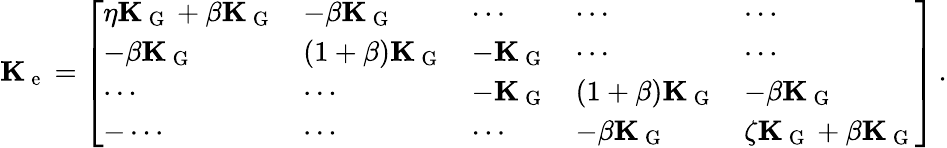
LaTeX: \mathbf{K}_{\mathrm{~e~}}=\left[\begin{array}{lllll}{\eta\mathbf{K}_{\mathrm{~G~}}+\beta\mathbf{K}_{\mathrm{~G~}}}&{-\beta\mathbf{K}_{\mathrm{~G~}}}&{\cdots}&{\cdots}&{\cdots}\\ {-\beta\mathbf{K}_{\mathrm{~G~}}}&{(1+\beta)\mathbf{K}_{\mathrm{~G~}}}&{-\mathbf{K}_{\mathrm{~G~}}}&{\cdots}&{\cdots}\\ {\cdots}&{\cdots}&{-\mathbf{K}_{\mathrm{~G~}}}&{(1+\beta)\mathbf{K}_{\mathrm{~G~}}}&{-\beta\mathbf{K}_{\mathrm{~G~}}}\\ {-\cdots}&{\cdots}&{\cdots}&{-\beta\mathbf{K}_{\mathrm{~G~}}}&{\zeta\mathbf{K}_{\mathrm{~G~}}+\beta\mathbf{K}_{\mathrm{~G~}}}\end{array}\right]\, .